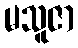
မသူဇာ